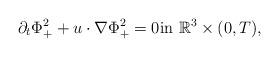
LaTeX: \begin{align*}\partial_t \Phi^{2}_{+}+u\cdot \nabla \Phi^{2}_{+}&=0\textrm{in}\ \mathbb{R}^{3}\times (0,T),\end{align*}